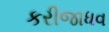
કરીજાધવ